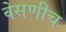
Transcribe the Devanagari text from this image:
वेसणीच